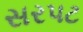
સરપટ